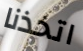
اتخذنا